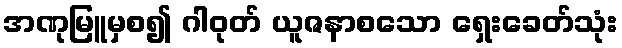
အဏုမြူမှစ၍ ဂါဝုတ် ယူဇနာစသော ရှေးခေတ်သုံး